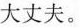
大丈夫。C.在几段选文中，对”贤者、士、仁者、君子”这几种人的道德要求是趋向于一致的。D.选文中”安居、小人、存心”三个词的意思与现代汉语中我们最常用的意思相同。